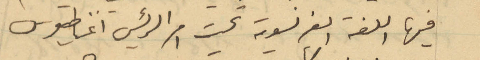
فيها اللغة الفرنسوية تحت امر الرئيس اغناطيوس